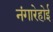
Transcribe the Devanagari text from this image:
नंगारेहोई